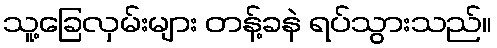
သူ့ခြေလှမ်းများ တန့်ခနဲ ရပ်သွားသည်။